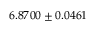
6 . 8 7 0 0 \pm 0 . 0 4 6 1